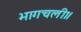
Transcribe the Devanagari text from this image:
भागचली॥